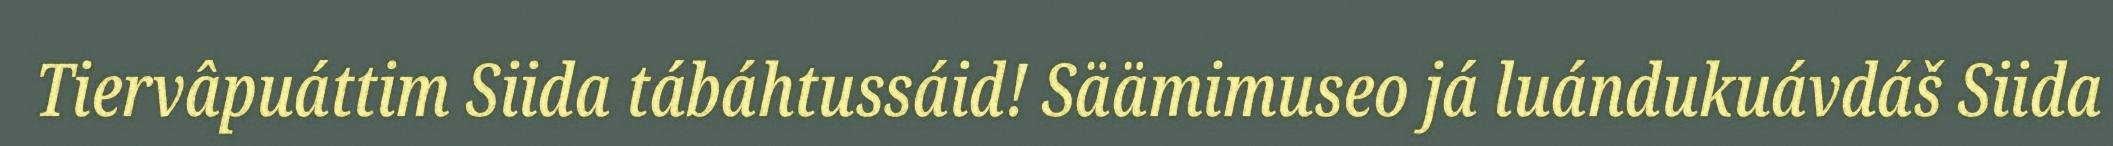
Tiervâpuáttim Siida tábáhtussáid! Säämimuseo já luándukuávdáš Siida